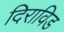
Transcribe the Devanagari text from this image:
दिराविड